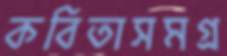
কবিতাসমগ্র